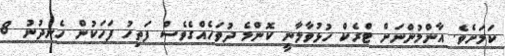
ކަމަށެވެ. އާންމުންނަށް ޓްރެކް ހުޅުވާލާނީ ކޮންމެ ދުވަހެއްގެވެސް ފަތިހު ފަހަކުން ހެނދުނު 8